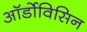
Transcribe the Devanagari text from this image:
ऑर्डोविसिन